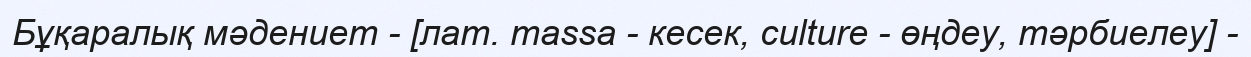
Бұқаралық мәдениет - [лат. massa - кесек, culture - өңдеу, тәрбиелеу] -